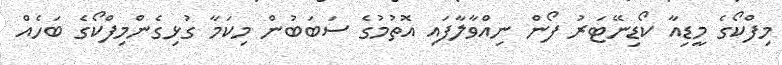
މިފްކޯގެ މީޑިއާ ކޯޑިނޭޓަރު ފޯން ނިއްވާލާފައި އޮތުމުގެ ސަބަބުން މިކަމާ ގުޅިގެންމިފްކޯގެ ބަހެއް